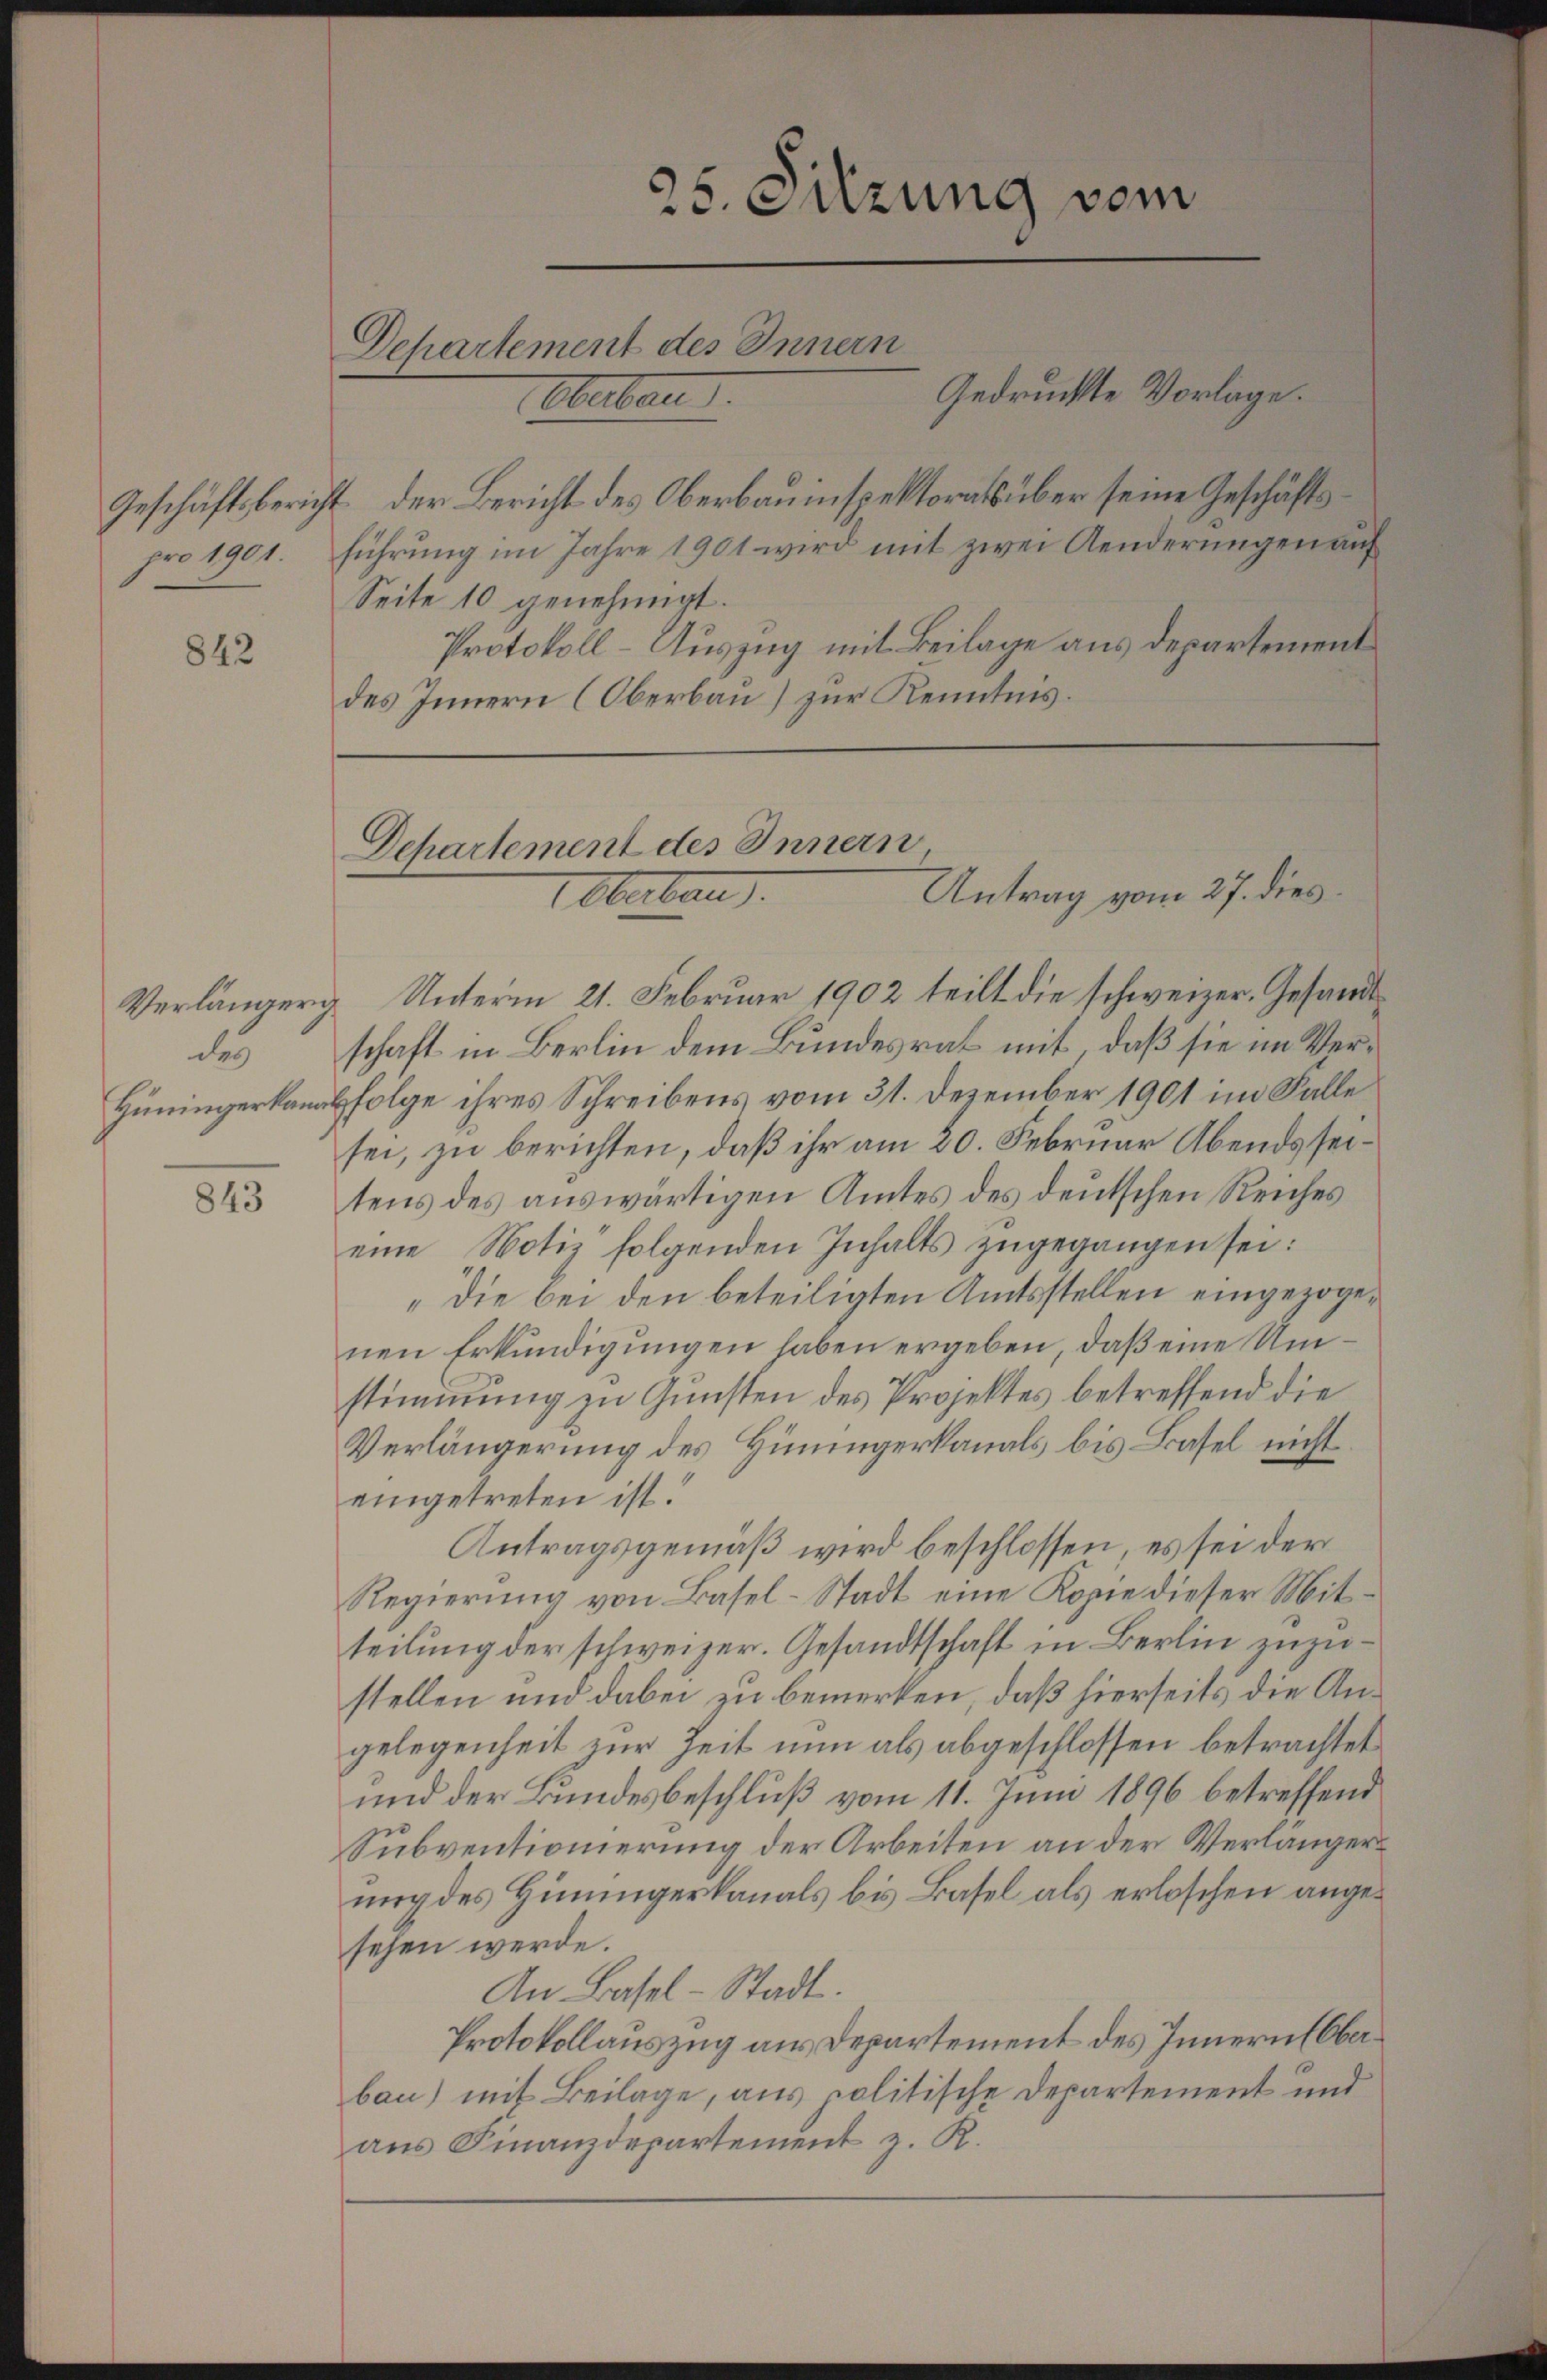
842

Verlängerg
des
Hüningerkanal

843

25. Sitzung vom
Departement des Innern
Gedruckte Vorlage.
Oberbau
Geschäftsbericht der Bericht des Oberbauinspektorats über seine Geschäftspro 1901. führung im Jahre 1901 wird mit zwei Aenderungen auf

Seite 10 genehmigt.
Protokoll-Auszug mit Beilage aus Departement
des Innern (Oberbau) zur Kenntnis.

Dehartement des Innern
Antrag vom 27. dies
Oberben.

Unterm 21. Februar 1902 teilt die schweizer. Gesandtschaft in Berlin dem Bundesrat mit, daß sie im Verfolge ihres Schreibens vom 31. Dezember 1901 im Falle
sei, zu berichten, daß ihr am 20. Februar Abends seitens des auswärtigen Amtes des deutschen Reiches
eine Notiz folgenden Inhalts zugegangen sei:
„Die bei den beteiligten Amtsstellen eingezogenen Erkundigungen haben ergeben, daß eine Umstimmung zu Gunsten des Projektes betreffend die
Verlängerung des Hinungerkanals bis Basel nicht
eingetreten ist.
Antragsgemäß wird beschlossen, es sei der
Regierung von Basel-Stadt eine Kopie dieser Mitteilung der schweizer. Gesandtschaft in Berlin zuzustellen und dabei zu bemerken, daß hierseits die Angelegenheit zur Zeit nun als abgeschlossen betrachtet
und der Bundesbeschluß vom 11. Juni 1896 betreffend
Subventionierung der Arbeiten an der Verlängerung des Hinungerkanals bis Basel als erloschen angesehen werde.
An Basel-Stadt.
Protokollauszug aus Departement des Innern (Oberbau) mit Beilage, aus politische Departement und
ans Finanzdepartement z. R.